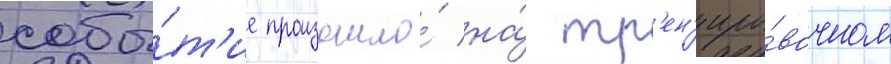
собы́т'ие произошло́ на́ тр'ен'иро́вочном